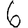
Digit: 6